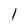
Character: I